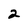
Character: 2